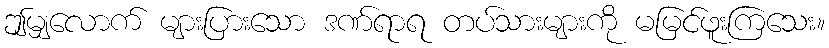
ဤမျှလောက် များပြားသော ဒဏ်ရာရ တပ်သားများကို မမြင်ဖူးကြသေး။